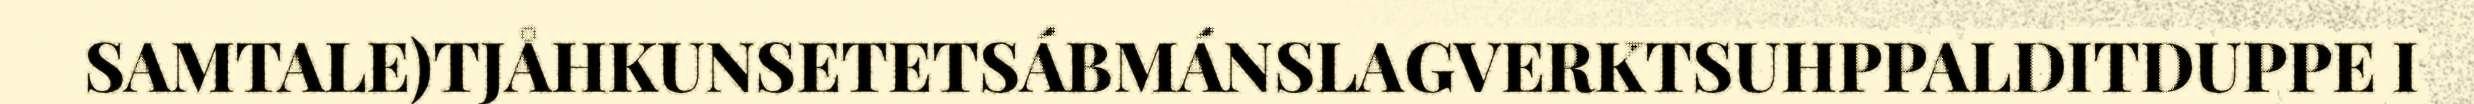
SAMTALE)TJÅHKUNSETETSÁBMÁNSLAGVERKTSUHPPALDITDUPPE I